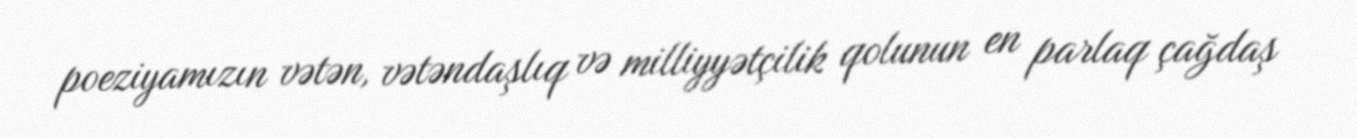
poeziyamızın vətən, vətəndaşlıq və milliyyətçilik qolunun en parlaq çağdaş